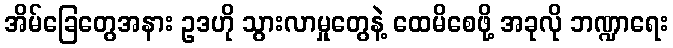
အိမ်ခြေတွေအနား ဥဒဟို သွားလာမှုတွေနဲ့ ထေမိစေဖို့ အခုလို ဘဏ္ဍာရေး